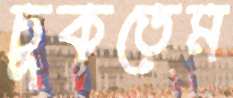
চুকতেম